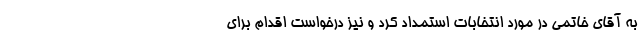
به آقای خاتمی در مورد انتخابات استمداد کرد و نیز درخواست اقدام برای